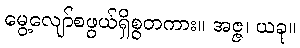
မွေ့လျော်စဖွယ်ရှိစွတကား။ အဇ္ဇ၊ ယခု။